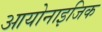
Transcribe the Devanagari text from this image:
आयोनाइजिक